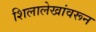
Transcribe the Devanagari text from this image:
शिलालेखांवरून